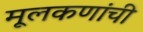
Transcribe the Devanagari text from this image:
मूलकणांची